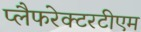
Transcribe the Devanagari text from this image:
प्लैफरेक्टरटीएम